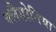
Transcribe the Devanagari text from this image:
क्लैडोनिया